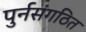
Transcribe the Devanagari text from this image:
पुर्नसंगठित